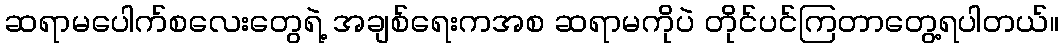
ဆရာမပေါက်စလေးတွေရဲ့ အချစ်ရေးကအစ ဆရာမကိုပဲ တိုင်ပင်ကြတာတွေ့ရပါတယ်။